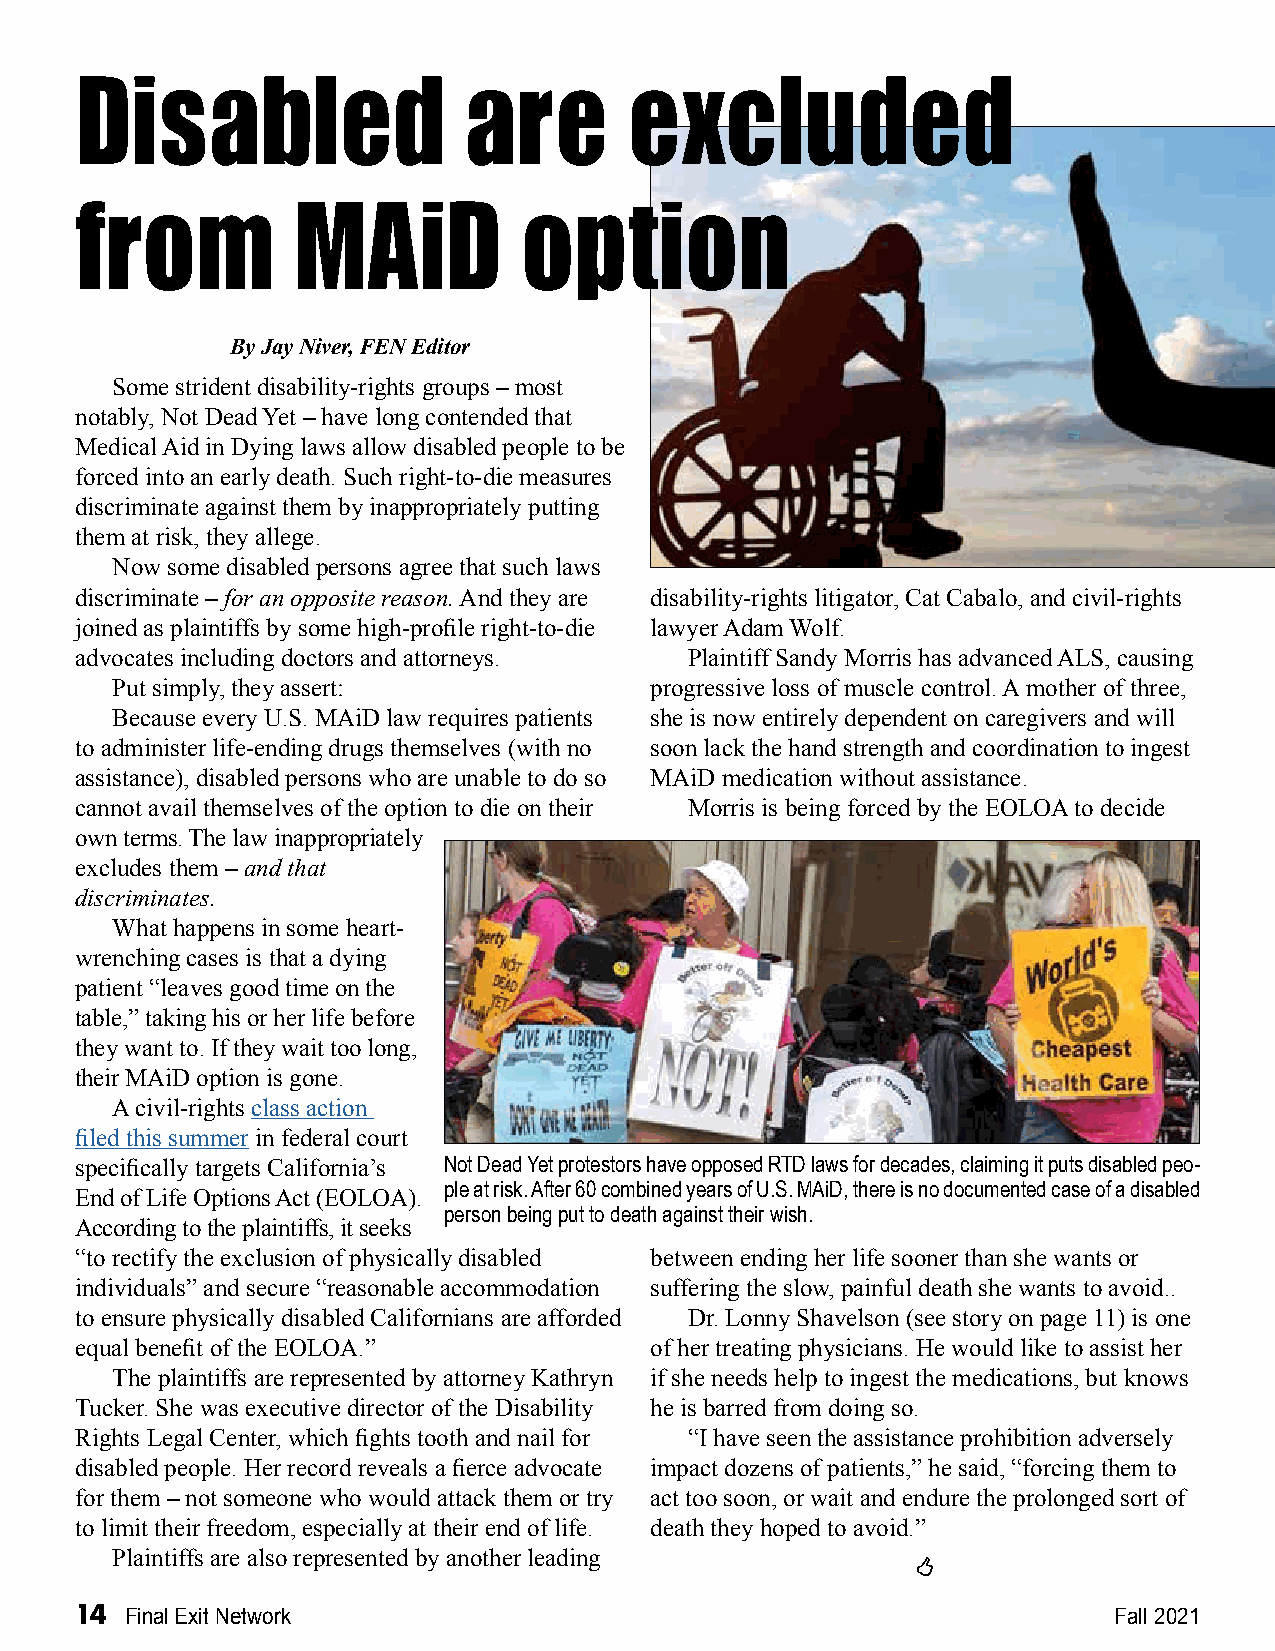
Disabled                  are       excluded
 from          MAiD           option
 By Jay Niver, FEN Editor
 Some strident disability-rights groups – most
 notably, Not Dead Yet – have long contended that
 Medical Aid in Dying laws allow disabled people to be
 forced into an early death. Such right-to-die measures
 discriminate against them by inappropriately putting
 them at risk, they allege.
 Now some disabled persons agree that such laws
 discriminate – for an opposite reason. And they are disability-rights litigator, Cat Cabalo, and civil-rights
 joined as plaintiffs by some high-profile right-to-die lawyer Adam Wolf.
 advocates including doctors and attorneys. Plaintiff Sandy Morris has advanced ALS, causing
 Put simply, they assert:            progressive loss of muscle control. A mother of three,
 Because every U.S. MAiD law requires patients she is now entirely dependent on caregivers and will
 to administer life-ending drugs themselves (with no soon lack the hand strength and coordination to ingest
 assistance), disabled persons who are unable to do so MAiD medication without assistance.
 cannot avail themselves of the option to die on their Morris is being forced by the EOLOA to decide
 own terms. The law inappropriately
 excludes them – and that
 discriminates.
 What happens in some heart-
 wrenching cases is that a dying
 patient “leaves good time on the
 table,” taking his or her life before
 they want to. If they wait too long,
 their MAiD option is gone.
 A civil-rights class action
 filed this summer in federal court
 specifically targets California’s Not Dead Yet protestors have opposed RTD laws for decades, claiming it puts disabled peo-
 ple at risk. After 60 combined years of U.S. MAiD, there is no documented case of a disabled
 End of Life Options Act (EOLOA).
 person being put to death against their wish.
 According to the plaintiffs, it seeks
 “to rectify the exclusion of physically disabled between ending her life sooner than she wants or
 individuals” and secure “reasonable accommodation suffering the slow, painful death she wants to avoid..
 to ensure physically disabled Californians are afforded Dr. Lonny Shavelson (see story on page 11) is one
 equal benefit of the EOLOA.”          of her treating physicians. He would like to assist her
 The plaintiffs are represented by attorney Kathryn if she needs help to ingest the medications, but knows
 Tucker. She was executive director of the Disability he is barred from doing so.
 Rights Legal Center, which fights tooth and nail for “I have seen the assistance prohibition adversely
 disabled people. Her record reveals a fierce advocate impact dozens of patients,” he said, “forcing them to
 for them – not someone who would attack them or try act too soon, or wait and endure the prolonged sort of
 to limit their freedom, especially at their end of life. death they hoped to avoid.”
 Plaintiffs are also represented by another leading
 
 14 Final Exit Network                                                Fall 2021